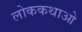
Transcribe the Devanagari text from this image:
लोककथाओ